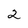
Character: 2